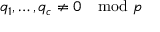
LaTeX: q _ { 1 } , \ldots , q _ { c } \neq 0 \mod p